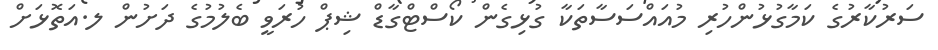
ސަރުކާރުގެ ކަމާގުޅުންހުރި މުއައްސަސާތަކާ ގުޅިގެން ކޯސްޓްގާޑް ޝިޕް ހުރަވީ ބެލުމުގެ ދަށުން ލ.އަތޮޅަށް